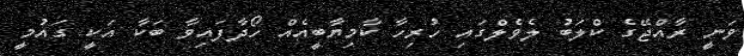
ވަނީ ރާއްޖޭގެ ކްލަބު ލެވެލްގައި ހުރިހާ ކާމިޔާބީއެއް ހޯދާފައިވާ ބަކާ އަކީ ގައުމީ